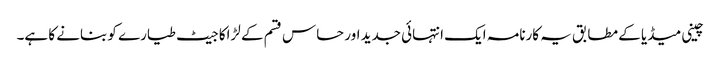
چینی میڈیا کے مطابق یہ کارنامہ ایک انتہائی جدید اور حساس قسم کے لڑاکا جیٹ طیارے کو بنانے کا ہے۔